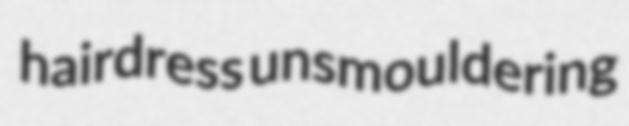
hairdress unsmouldering